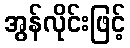
အွန်လိုင်းဖြင့်